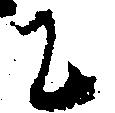
に